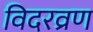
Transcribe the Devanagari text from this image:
विदरव्रण